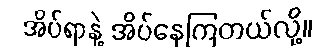
အိပ်ရာနဲ့ အိပ်နေကြတယ်လို့။